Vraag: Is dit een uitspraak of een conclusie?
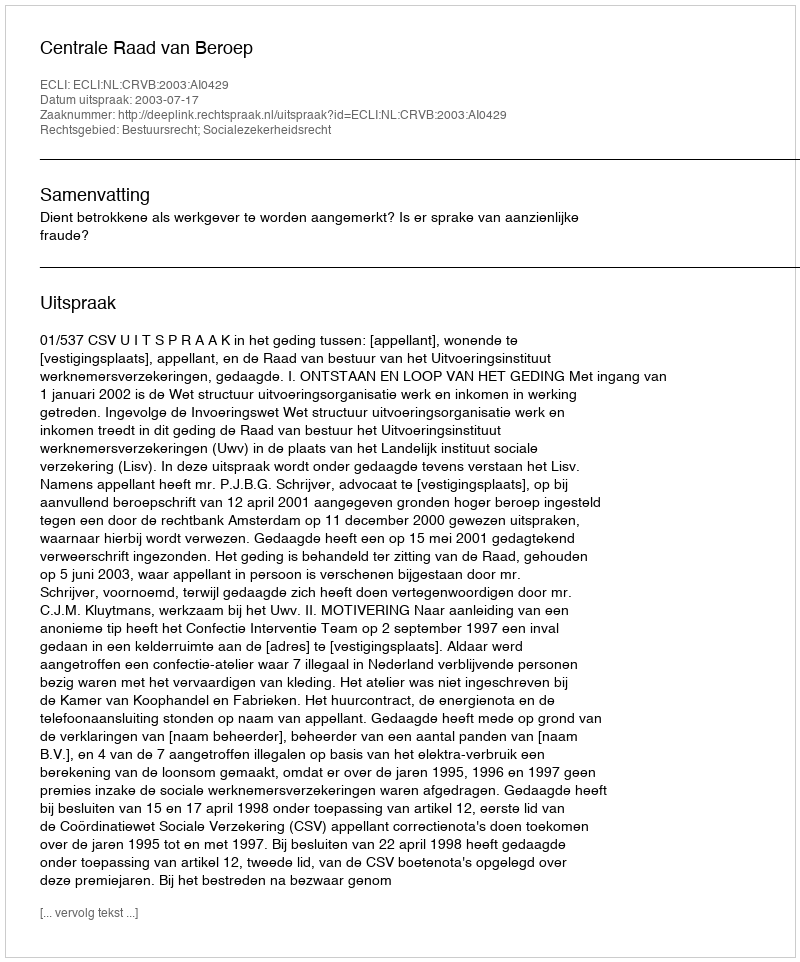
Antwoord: Uitspraak